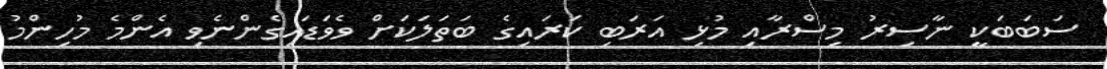
ސަބަބަކީ ނާސިރު މިސްރާއި މުޅި އަރަބި ކަރައިގެ ބަތަލަކަށް ވެވަޑައިގެންނެވި އެންމެ މުހިންމު